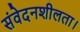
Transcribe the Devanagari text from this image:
संवेदनशीलता।